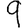
Digit: 9